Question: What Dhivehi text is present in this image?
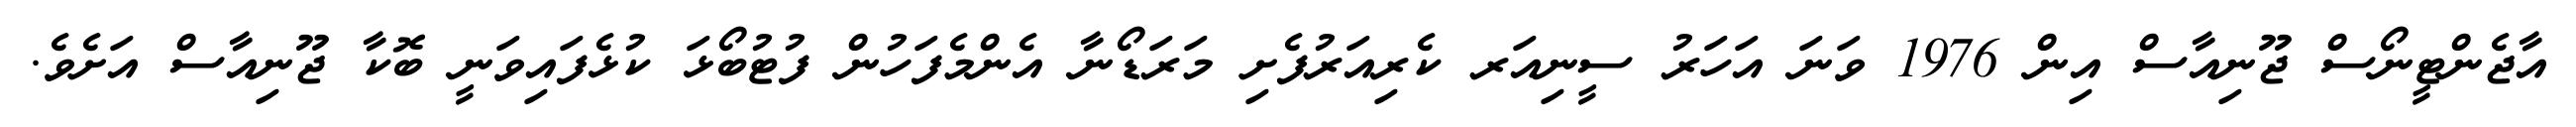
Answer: އާޖެންޓީނޯސް ޖޫނިއާސް އިން 1976 ވަނަ އަހަރު ސީނިއަރ ކެރިއަރުފެށި މަރަޑޯނާ އެންމެފަހުން ފުޓުބޯޅަ ކުޅެފައިވަނީ ބޮކާ ޖޫނިއާސް އަށެވެ.